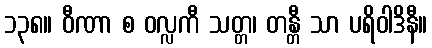
၁၃၈။ ဝီဏာ စ ဝလ္လကီ သတ္တ၊ တန္တီ သာ ပရိဝါဒိနီ။